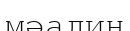
мәадин